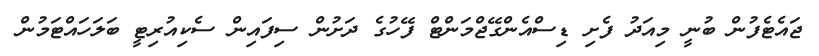
ޖައެޓެފުން ބުނީ މިއަދު ފެށި ޑިސްއެންގޭޖްމަންޓް ފޭހުގެ ދަށުން ސިފައިން ސެކިއުރިޓީ ބަލަހައްޓަމުން